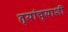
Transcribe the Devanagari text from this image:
त्‍यांच्‍याशी